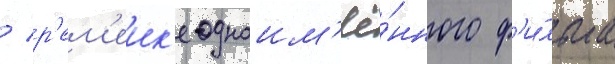
/ р'ем'еик'е одноим'ё́нного ф'и́льма